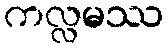
ကလ္လမဿ